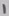
Text: 1